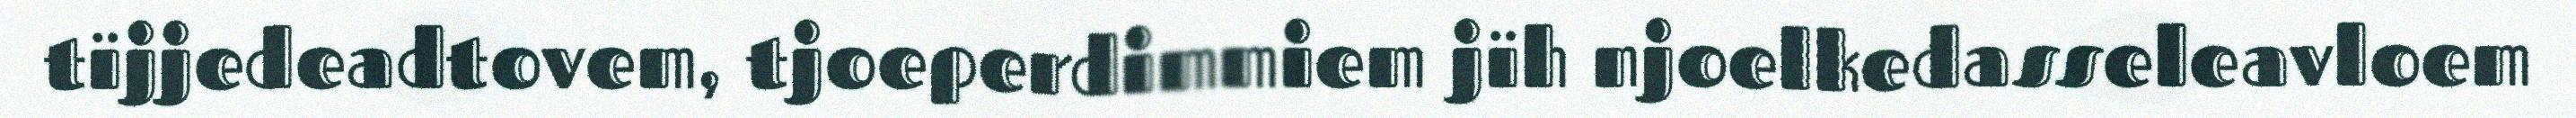
tïjjedeadtovem, tjoeperdimmiem jïh njoelkedasseleavloem